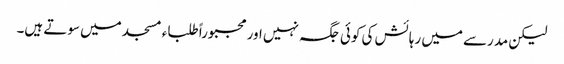
لیکن مدرسے میں رہائش کی کوئی جگہ نہیں اور مجبوراً طلباء مسجد میں سوتے ہیں۔